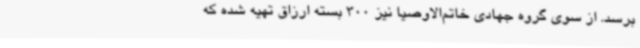
برسد. از سوی گروه جهادی خاتم‌الاوصیا نیز 300 بسته ارزاق تهیه شده که